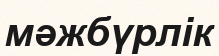
мәжбүрлік